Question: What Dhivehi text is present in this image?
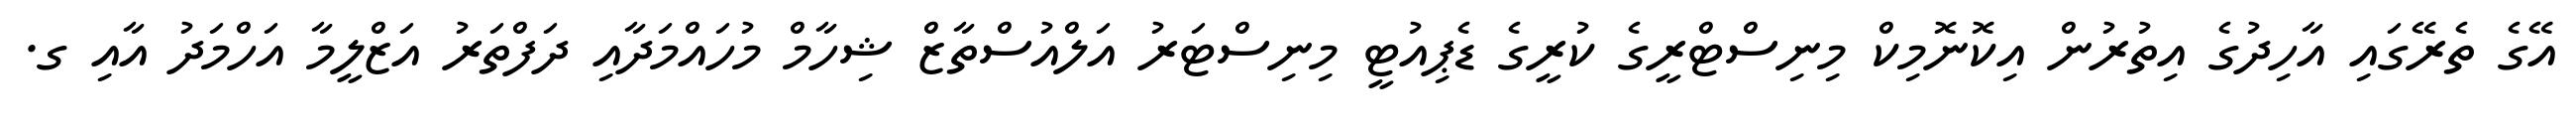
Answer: އޭގެ ތެރޭގައި އާހިދުގެ އިތުރުން އިކޮނޮމިކް މިނިސްޓްރީގެ ކުރީގެ ޑެޕިއުޓީ މިނިސްޓަރު އަލްއުސްތާޒް ޝިހާމް މުހައްމަދާއި ދަފްތަރު އަޒްލީމާ އަހްމަދު އާއި ގ.